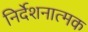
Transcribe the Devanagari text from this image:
निर्देशनात्मक